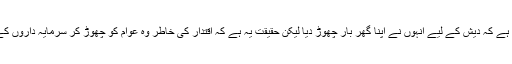
مودی جی کا دعویٰ ہے کہ دیش کے لیے انہوں نے اپنا گھر بار چھوڑ دیا لیکن حقیقت یہ ہے کہ اقتدار کی خاطر وہ عوام کو چھوڑ کر سرمایہ داروں کے چوکیدار بن گئے۔